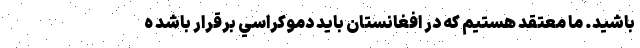
باشيد. ما معتقد هستيم كه در افغانستان بايد دموكراسي برقرار باشد ه